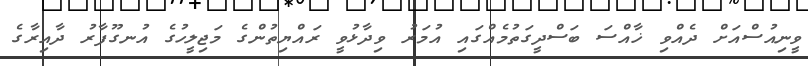
ވީނިއުސްއަށް ދެއްވި ޚާއްސަ ބަސްދީގަތުމެއްގައި އުމަރު ވިދާޅުވީ ރައްޔިތުންގެ މަޖިލީހުގެ އުނގޫފާރު ދާއިރާގެ